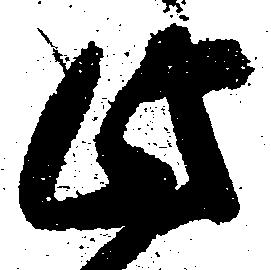
此